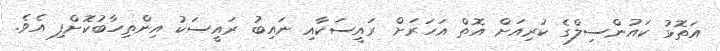
އަތޮޅު ކައުންސިލްގެ ކުރިއަށް އޮތް އަހަރަށް ރައީސަކާއި ނައިބު ރައީސަކު އިންތިހާބުކޮށްފި އެވެ.